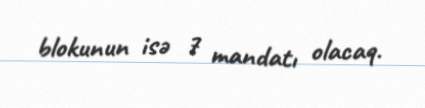
blokunun isə 7 mandatı olacaq.